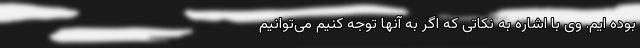
بوده ایم. وی با اشاره به نکاتی که اگر به آنها توجه کنیم می‌توانیم